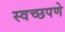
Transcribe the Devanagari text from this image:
स्वच्छपणे